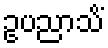
ဥပညာသိံ